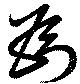
為